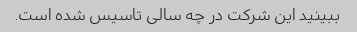
ببینید این شرکت در چه سالی تاسیس شده است.